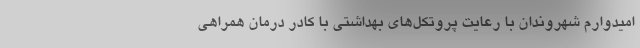
امیدوارم شهروندان با رعایت پروتکل‌های بهداشتی با کادر درمان همراهی